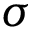
\sigma